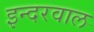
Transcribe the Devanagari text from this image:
इन्दरवाल